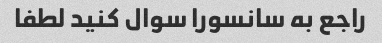
راجع به سانسورا سوال کنید لطفا